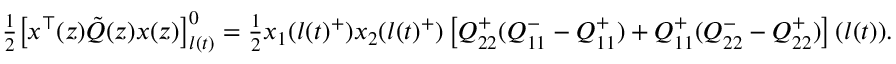
\begin{array} { r } { \frac { 1 } { 2 } \big [ x ^ { \top } ( z ) \tilde { Q } ( z ) x ( z ) \big ] _ { l ( t ) } ^ { 0 } = \frac { 1 } { 2 } x _ { 1 } ( l ( t ) ^ { + } ) x _ { 2 } ( l ( t ) ^ { + } ) \left[ Q _ { 2 2 } ^ { + } ( Q _ { 1 1 } ^ { - } - Q _ { 1 1 } ^ { + } ) + Q _ { 1 1 } ^ { + } ( Q _ { 2 2 } ^ { - } - Q _ { 2 2 } ^ { + } ) \right] ( l ( t ) ) . } \end{array}